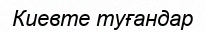
Киевте туғандар